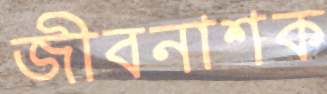
জীবনাশক